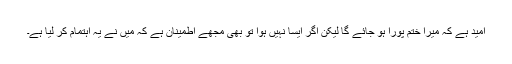
امید ہے کہ میرا ختم پورا ہو جائے گا لیکن اگر ایسا نہیں ہوا تو بھی مجھے اطمینان ہے کہ میں نے یہ اہتمام کر لیا ہے۔